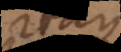
rae